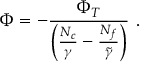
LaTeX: \Phi = - \frac { \Phi _ { T } } { \left( \frac { N _ { c } } { \gamma } - \frac { N _ { f } } { \tilde { \gamma } } \right) } \ .